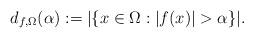
LaTeX: \begin{align*}d_{f,\Omega}(\alpha):=|\{x\in \Omega : |f(x)|>\alpha\}|.\end{align*}